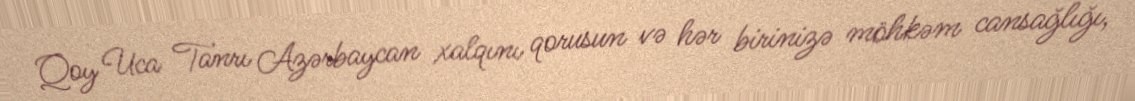
Qoy Uca Tanrı Azərbaycan xalqını qorusun və hər birinizə möhkəm cansağlığı,